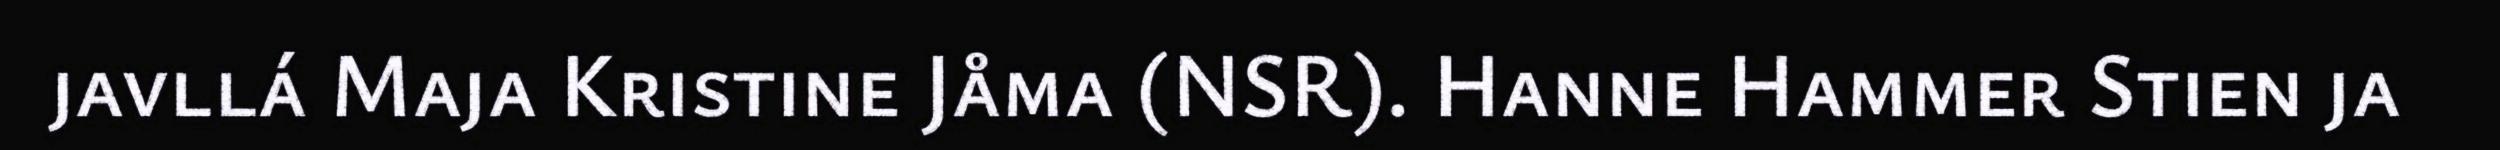
javllá Maja Kristine Jåma (NSR). Hanne Hammer Stien ja